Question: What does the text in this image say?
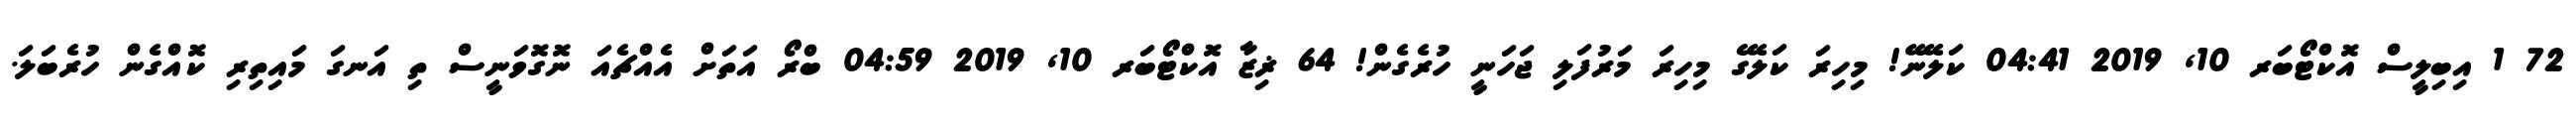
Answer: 72 1 އިބިލީސް އޮކްޓޯބަރ 10, 2019 04:41 ކަލޭނޭ! މިހިރަ ކަލޭގެ މިހިރަ މަރުފަލި ޖަހަނީ ހުރެގެން! 64 ޜިޒާ އޮކްޓޯބަރ 10, 2019 04:59 ބްރޯ އަތަށް އެއްޗެއަ ނޮގޮވަނީސް ތި އަނގަ މައިތިރި ކޮއްގެން ހުރެބަލަ.